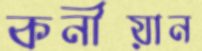
কনীয়ান